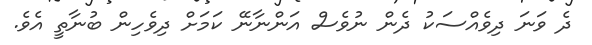
ދެ ވަނަ ދިވެއްސަކު ދެން ނުވެސް އަންނާނޭ ކަމަށް ދިވެހިން ބުނާތީ އެވެ.